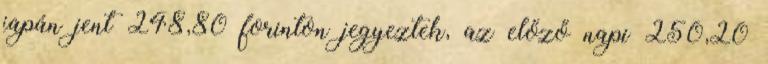
japán jent 248,80 forinton jegyeztek, az előző napi 250,20